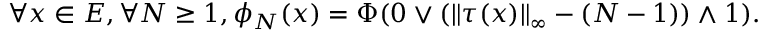
\forall x \in E , \forall N \geq 1 , \phi _ { N } ( x ) = \Phi ( 0 \vee ( \left\lVert \tau ( x ) \right\rVert _ { \infty } - ( N - 1 ) ) \wedge 1 ) .